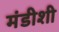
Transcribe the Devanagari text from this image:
मंडीशी